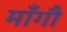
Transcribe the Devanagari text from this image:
माँगौ